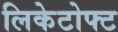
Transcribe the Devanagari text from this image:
लिकेटोफ्ट